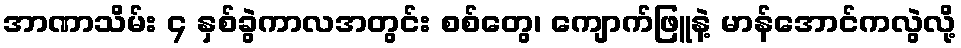
အာဏာသိမ်း ၄ နှစ်ခွဲကာလအတွင်း စစ်တွေ၊ ကျောက်ဖြူနဲ့ မာန်အောင်ကလွဲလို့